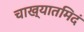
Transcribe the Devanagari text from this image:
चाख्यातमिदं